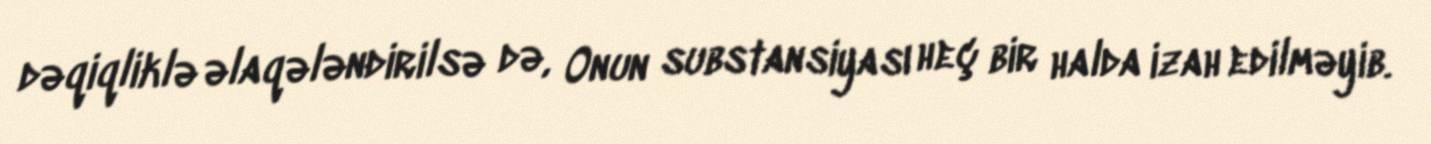
dəqiqliklə əlaqələndirilsə də, Onun substansiyası heç bir halda izah edilməyib.